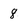
Character: 8